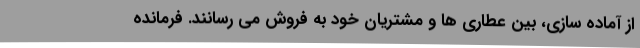
از آماده سازی، بین عطاری ها و مشتریان خود به فروش می رسانند. فرمانده